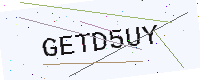
Text: GETD5UY